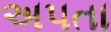
અપતા